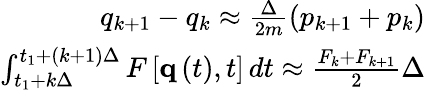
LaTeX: \begin{array}{r}{q_{k+1}-q_{k}\approx\frac{\Delta}{2m}\left(p_{k+1}+p_{k}\right)}\\ {\int_{t_{1}+k\Delta}^{t_{1}+\left(k+1\right)\Delta}F\left[\textbf{q}\left(t\right),t\right]\, dt\approx\frac{F_{k}+F_{k+1}}{2}\Delta}\end{array}